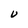
Character: U